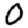
Digit: 0